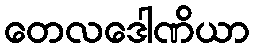
တေလဒေါဏိယာ